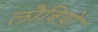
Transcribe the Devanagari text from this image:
लौबियों